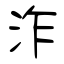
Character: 泎